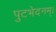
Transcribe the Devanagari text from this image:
पुटभेदनम्।